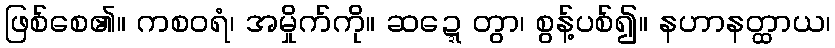
ဖြစ်စေ၏။ ကစဝရံ၊ အမှိုက်ကို။ ဆဍ္ဍေတွာ၊ စွန့်ပစ်၍။ နဟာနတ္ထာယ၊